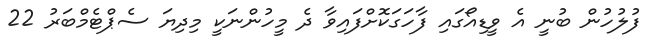
ފުލުހުން ބުނީ އެ ވީޑިއޯގައި ފާހަގަކޮށްފައިވާ ދެ މީހުންނަކީ މިދިޔަ ސެޕްޓެމްބަރު 22